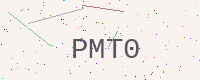
Text: PMT0